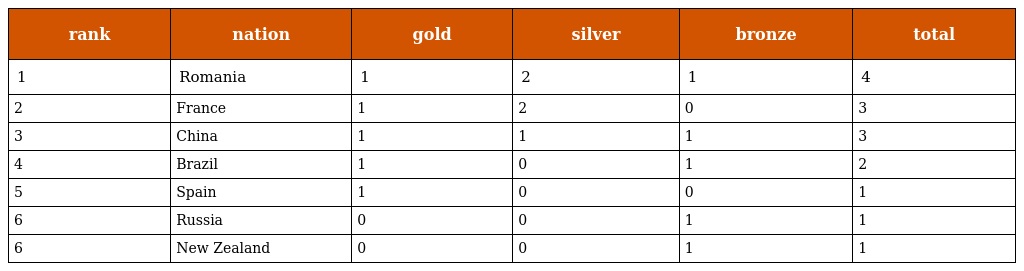
| rank | nation | gold | silver | bronze | total |
 | --- | --- | --- | --- | --- | --- |
 | 1 | Romania | 1 | 2 | 1 | 4 |
 | 2 | France | 1 | 2 | 0 | 3 |
 | 3 | China | 1 | 1 | 1 | 3 |
 | 4 | Brazil | 1 | 0 | 1 | 2 |
 | 5 | Spain | 1 | 0 | 0 | 1 |
 | 6 | Russia | 0 | 0 | 1 | 1 |
 | 6 | New Zealand | 0 | 0 | 1 | 1 |